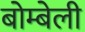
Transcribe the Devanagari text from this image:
बोम्बेली